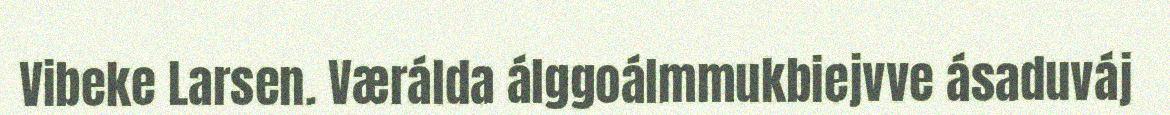
Vibeke Larsen. Værálda álggoálmmukbiejvve ásaduváj